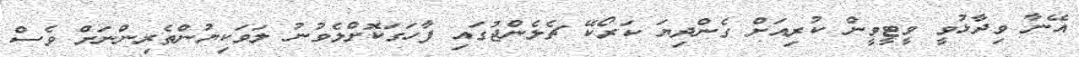
އޭނާ ވިދާޅުވީ ވީޓީވީން ކުރިއަށް ގެންދިޔަ ކަރޯކޭ ޗެލެންޖުގައި ފާހަގަކޮށްލެވުނު ލަވަކިޔުންތެރިންނަށް ވެސް